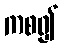
ကစ၍